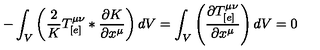
- \int _ { V } \left( \frac { 2 } { K } T _ { [ e ] } ^ { \mu \nu } * \frac { \partial K } { \partial x ^ { \mu } } \right) d V = \int _ { V } \left( \frac { \partial T _ { [ e ] } ^ { \mu \nu } } { \partial x ^ { \mu } } \right) d V = 0